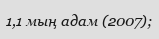
1,1 мың адам (2007);